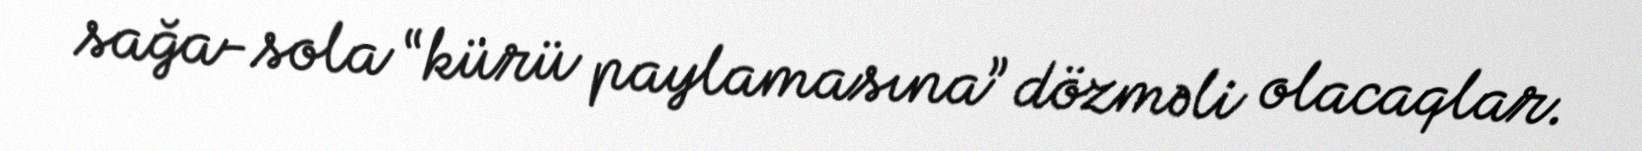
sağa-sola “kürü paylamasına” dözməli olacaqlar.